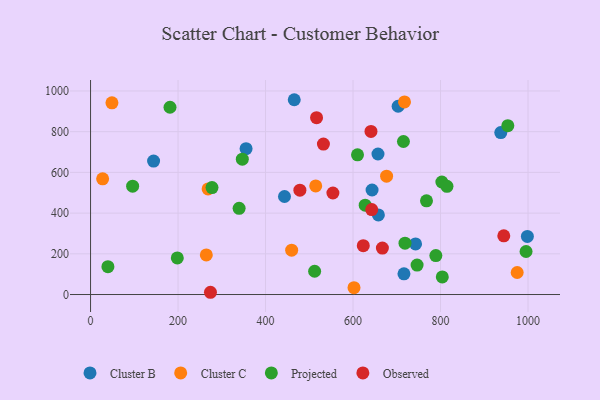
{"axis": {"x": "Experience", "y": "Demand"}, "legend": ["Cluster B", "Cluster C", "Observed", "Projected"], "data": [{"x": "443.3", "y": 481.5, "type": "Cluster B"}, {"x": "937.7", "y": 795.5, "type": "Cluster B"}, {"x": "657.0", "y": 690.3, "type": "Cluster B"}, {"x": "144.1", "y": 655.8, "type": "Cluster B"}, {"x": "355.5", "y": 716.7, "type": "Cluster B"}, {"x": "703.1", "y": 924.9, "type": "Cluster B"}, {"x": "716.4", "y": 101.5, "type": "Cluster B"}, {"x": "643.5", "y": 513.6, "type": "Cluster B"}, {"x": "465.6", "y": 957.0, "type": "Cluster B"}, {"x": "998.5", "y": 285.5, "type": "Cluster B"}, {"x": "657.9", "y": 391.3, "type": "Cluster B"}, {"x": "742.9", "y": 248.7, "type": "Cluster B"}, {"x": "602.2", "y": 33.8, "type": "Cluster C"}, {"x": "975.2", "y": 108.3, "type": "Cluster C"}, {"x": "48.9", "y": 941.7, "type": "Cluster C"}, {"x": "27.6", "y": 568.6, "type": "Cluster C"}, {"x": "676.7", "y": 581.6, "type": "Cluster C"}, {"x": "268.7", "y": 518.7, "type": "Cluster C"}, {"x": "459.7", "y": 217.9, "type": "Cluster C"}, {"x": "717.6", "y": 946.1, "type": "Cluster C"}, {"x": "264.6", "y": 194.8, "type": "Cluster C"}, {"x": "514.7", "y": 533.4, "type": "Cluster C"}, {"x": "804.0", "y": 86.6, "type": "Projected"}, {"x": "718.8", "y": 252.1, "type": "Projected"}, {"x": "346.9", "y": 664.9, "type": "Projected"}, {"x": "198.3", "y": 180.0, "type": "Projected"}, {"x": "789.3", "y": 191.4, "type": "Projected"}, {"x": "39.7", "y": 136.9, "type": "Projected"}, {"x": "627.8", "y": 439.2, "type": "Projected"}, {"x": "995.5", "y": 211.4, "type": "Projected"}, {"x": "715.2", "y": 751.7, "type": "Projected"}, {"x": "953.8", "y": 829.7, "type": "Projected"}, {"x": "803.0", "y": 552.9, "type": "Projected"}, {"x": "610.2", "y": 686.1, "type": "Projected"}, {"x": "181.6", "y": 920.0, "type": "Projected"}, {"x": "814.7", "y": 531.8, "type": "Projected"}, {"x": "767.9", "y": 460.3, "type": "Projected"}, {"x": "746.4", "y": 144.6, "type": "Projected"}, {"x": "96.2", "y": 532.1, "type": "Projected"}, {"x": "277.6", "y": 525.3, "type": "Projected"}, {"x": "512.2", "y": 114.3, "type": "Projected"}, {"x": "339.6", "y": 423.5, "type": "Projected"}, {"x": "623.4", "y": 240.0, "type": "Observed"}, {"x": "554.0", "y": 498.7, "type": "Observed"}, {"x": "532.3", "y": 739.2, "type": "Observed"}, {"x": "274.1", "y": 11.1, "type": "Observed"}, {"x": "642.7", "y": 417.6, "type": "Observed"}, {"x": "641.0", "y": 801.1, "type": "Observed"}, {"x": "944.6", "y": 288.3, "type": "Observed"}, {"x": "667.1", "y": 228.0, "type": "Observed"}, {"x": "516.6", "y": 868.6, "type": "Observed"}, {"x": "478.5", "y": 512.8, "type": "Observed"}]}